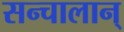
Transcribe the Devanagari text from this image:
सन्चालान्